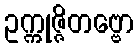
ဥက္ကုဇ္ဇိတဗ္ဗော